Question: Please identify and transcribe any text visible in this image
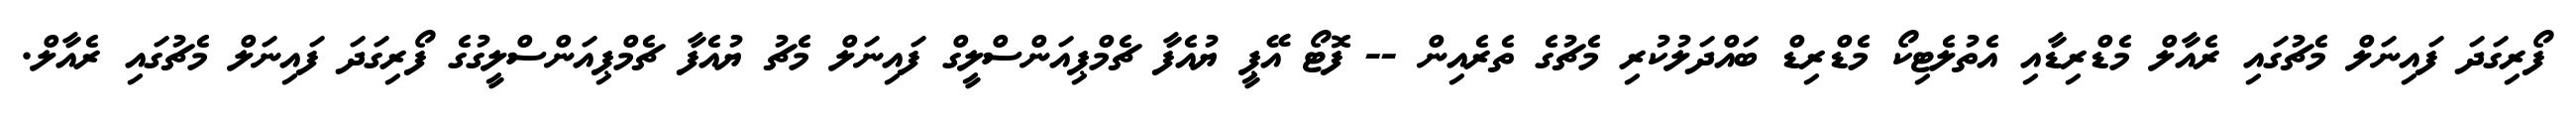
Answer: ފޯރިގަދަ ފައިނަލް މެޗުގައި ރެއާލް މެޑްރިޑާއި އެތުލެޓިކޯ މެޑްރިޑް ބައްދަލުކުރި މެޗުގެ ތެރެއިން -- ފޮޓޯ އޭޕީ ޔުއެފާ ޗެމްޕިއަންސްލީގް ފައިނަލް މެޗު ޔުއެފާ ޗެމްޕިއަންސްލީގުގެ ފޯރިގަދަ ފައިނަލް މެޗުގައި ރެއާލް.